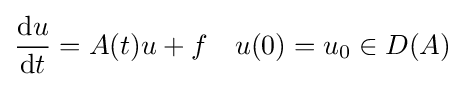
{\frac {\mathrm {d} u}{\mathrm {d} t}}=A(t)u+f\quad u(0)=u_{0}\in D(A)